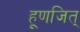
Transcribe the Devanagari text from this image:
हूणजित्‌